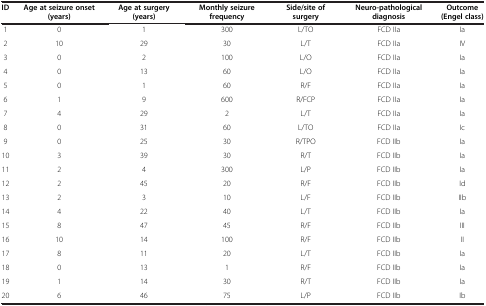
<table><thead><tr><td><b>ID</b></td><td><b>Age at seizure onset (years)</b></td><td><b>Age at surgery (years)</b></td><td><b>Monthly seizure frequency</b></td><td><b>Side/site of surgery</b></td><td><b>Neuro-pathological diagnosis</b></td><td><b>Outcome (Engel class)</b></td></tr></thead><tbody><tr><td>1</td><td>0</td><td>1</td><td>300</td><td>L/TO</td><td>FCD IIa</td><td>Ia</td></tr><tr><td>2</td><td>10</td><td>29</td><td>30</td><td>L/T</td><td>FCD IIa</td><td>IV</td></tr><tr><td>3</td><td>0</td><td>2</td><td>100</td><td>L/O</td><td>FCD IIa</td><td>Ia</td></tr><tr><td>4</td><td>0</td><td>13</td><td>60</td><td>L/O</td><td>FCD IIa</td><td>Ia</td></tr><tr><td>5</td><td>0</td><td>1</td><td>60</td><td>R/F</td><td>FCD IIa</td><td>Ia</td></tr><tr><td>6</td><td>1</td><td>9</td><td>600</td><td>R/FCP</td><td>FCD IIa</td><td>Ia</td></tr><tr><td>7</td><td>4</td><td>29</td><td>2</td><td>L/T</td><td>FCD IIa</td><td>Ia</td></tr><tr><td>8</td><td>0</td><td>31</td><td>60</td><td>L/TO</td><td>FCD IIa</td><td>Ic</td></tr><tr><td>9</td><td>0</td><td>25</td><td>30</td><td>R/TPO</td><td>FCD IIb</td><td>Ia</td></tr><tr><td>10</td><td>3</td><td>39</td><td>30</td><td>R/T</td><td>FCD IIb</td><td>Ia</td></tr><tr><td>11</td><td>2</td><td>4</td><td>300</td><td>L/P</td><td>FCD IIb</td><td>Ia</td></tr><tr><td>12</td><td>2</td><td>45</td><td>20</td><td>R/F</td><td>FCD IIb</td><td>Id</td></tr><tr><td>13</td><td>2</td><td>3</td><td>10</td><td>L/F</td><td>FCD IIb</td><td>IIb</td></tr><tr><td>14</td><td>4</td><td>22</td><td>40</td><td>L/T</td><td>FCD IIb</td><td>Ia</td></tr><tr><td>15</td><td>8</td><td>47</td><td>45</td><td>R/F</td><td>FCD IIb</td><td>III</td></tr><tr><td>16</td><td>10</td><td>14</td><td>100</td><td>R/F</td><td>FCD IIb</td><td>II</td></tr><tr><td>17</td><td>8</td><td>11</td><td>20</td><td>L/T</td><td>FCD IIb</td><td>Ia</td></tr><tr><td>18</td><td>0</td><td>13</td><td>1</td><td>R/F</td><td>FCD IIb</td><td>Ia</td></tr><tr><td>19</td><td>1</td><td>14</td><td>30</td><td>R/T</td><td>FCD IIb</td><td>Ia</td></tr><tr><td>20</td><td>6</td><td>46</td><td>75</td><td>L/P</td><td>FCD IIb</td><td>Ib</td></tr></tbody></table>